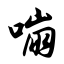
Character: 嘣